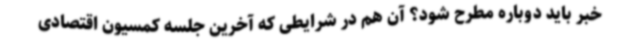
خبر باید دوباره مطرح شود؟ آن هم در شرایطی که آخرین جلسه کمسیون اقتصادی